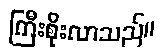
ကြီးစိုးလာသည်။